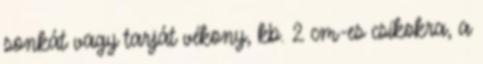
sonkát vagy tarját vékony, kb. 2 cm-es csíkokra, a